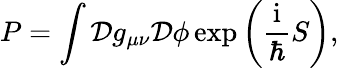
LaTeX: P=\int{\mathcal D}g_{\mu\nu}{\mathcal D}{\mathcal\phi}\exp\left(\frac{\mathrm{i}}{\hbar}S\right),